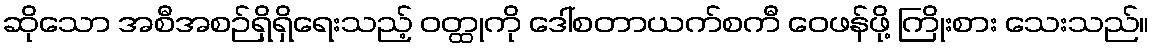
ဆိုသော အစီအစဉ်ရှိရှိရေးသည့် ဝတ္ထုကို ဒေါ်စတာယက်စကီ ဝေဖန်ဖို့ ကြိုးစား သေးသည်။